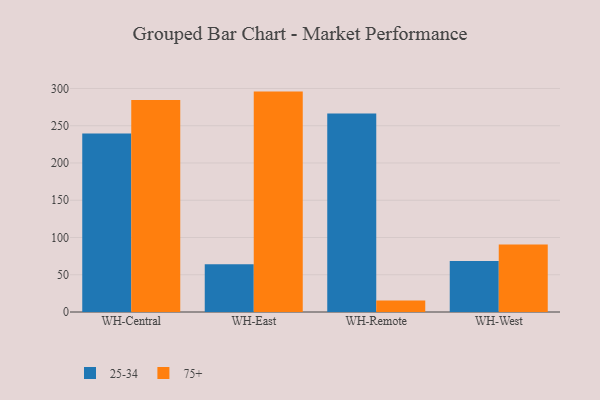
{"axis": {"x": "Warehouse", "y": "Headcount"}, "legend": ["25-34", "75+"], "data": [{"x": "WH-Central", "y": 239.7, "type": "25-34"}, {"x": "WH-Central", "y": 284.5, "type": "75+"}, {"x": "WH-East", "y": 64.2, "type": "25-34"}, {"x": "WH-East", "y": 295.8, "type": "75+"}, {"x": "WH-Remote", "y": 266.5, "type": "25-34"}, {"x": "WH-Remote", "y": 15.4, "type": "75+"}, {"x": "WH-West", "y": 68.6, "type": "25-34"}, {"x": "WH-West", "y": 90.6, "type": "75+"}]}